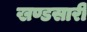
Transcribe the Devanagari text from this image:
खण्डसारी